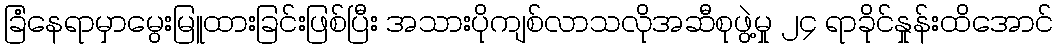
ခြံနေရာမှာမွေးမြူထားခြင်းဖြစ်ပြီး အသားပိုကျစ်လာသလိုအဆီစုဖွဲ့မှု ၂၄ ရာခိုင်နှုန်းထိအောင်